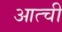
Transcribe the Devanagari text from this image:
आत्ची